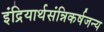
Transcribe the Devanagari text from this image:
इंद्रियार्थसंन्निकर्षजन्य